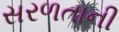
સરળતાની